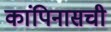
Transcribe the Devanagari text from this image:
कांपिनासची